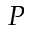
P